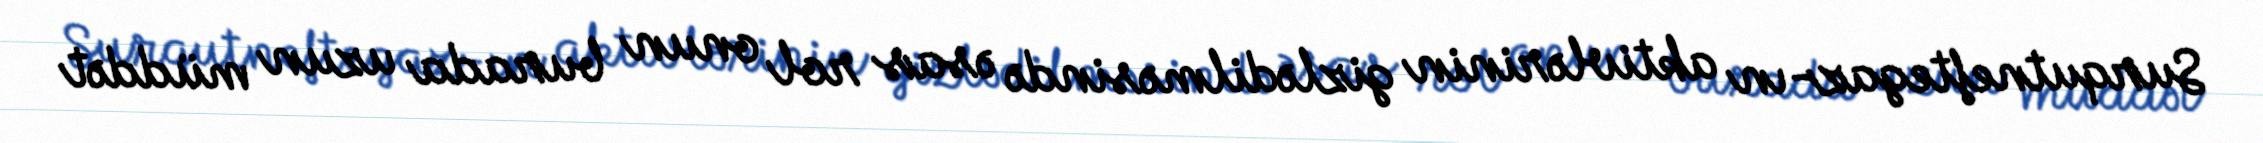
Surqutneftegaz-ın aktivlərinin gizlədilməsində əsas rol onun burada uzun müddət